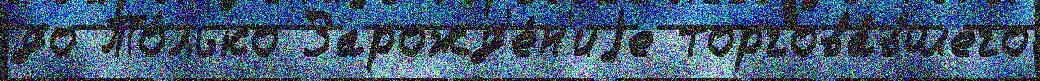
до То́лько Зарожд'е́н'иjе торгова́вшего